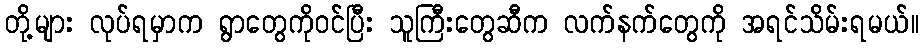
တို့များ လုပ်ရမှာက ရွာတွေကိုဝင်ပြီး သူကြီးတွေဆီက လက်နက်တွေကို အရင်သိမ်းရမယ်။